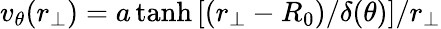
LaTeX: v_{\theta}(r_{\perp})=a\operatorname{tanh}\left[(r_{\perp}-R_{0})/\delta(\theta)\right]/r_{\perp}